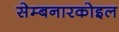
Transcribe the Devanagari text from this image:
सेम्बनारकोइल